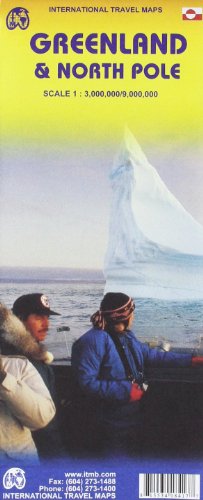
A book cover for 1. Greenland and Northpole Travel Reference map 1:3M/1:9M **2010** (International Travel Maps); International Travel maps; Travel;